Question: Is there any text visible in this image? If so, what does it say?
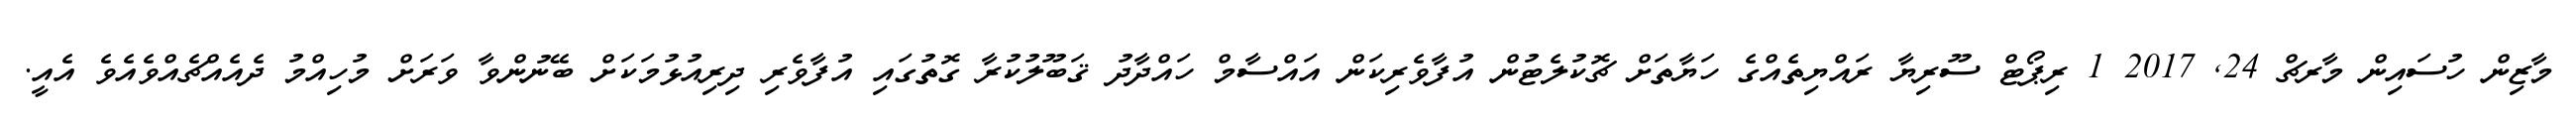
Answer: މާޒިން ހުސައިން މާރޗް 24, 2017 1 ރިޕޯޓް ސޫރިޔާ ރައްޔިތެއްގެ ހަޔާތަށް ޗޮކުލެޓުން އުފާވެރިކަން އައްސާމް ހައްދާދު ޤަބޫލުކުރާ ގޮތުގައި އުފާވެރި ދިރިއުޅުމަކަށް ބޭނުންވާ ވަރަށް މުހިއްމު ދެއެއްޗެއްވެއެވެ އެއީ.